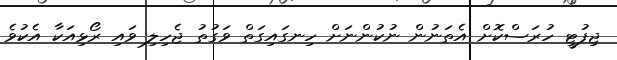
ޖިފުޓީ ހުރަސްކޮށް އެތަނުން ނުކުންނަށް ހިނގައިގަތް ވަގުތު ޖެހިލި ވައި ރޯޅިއަކާ އެކުވެ